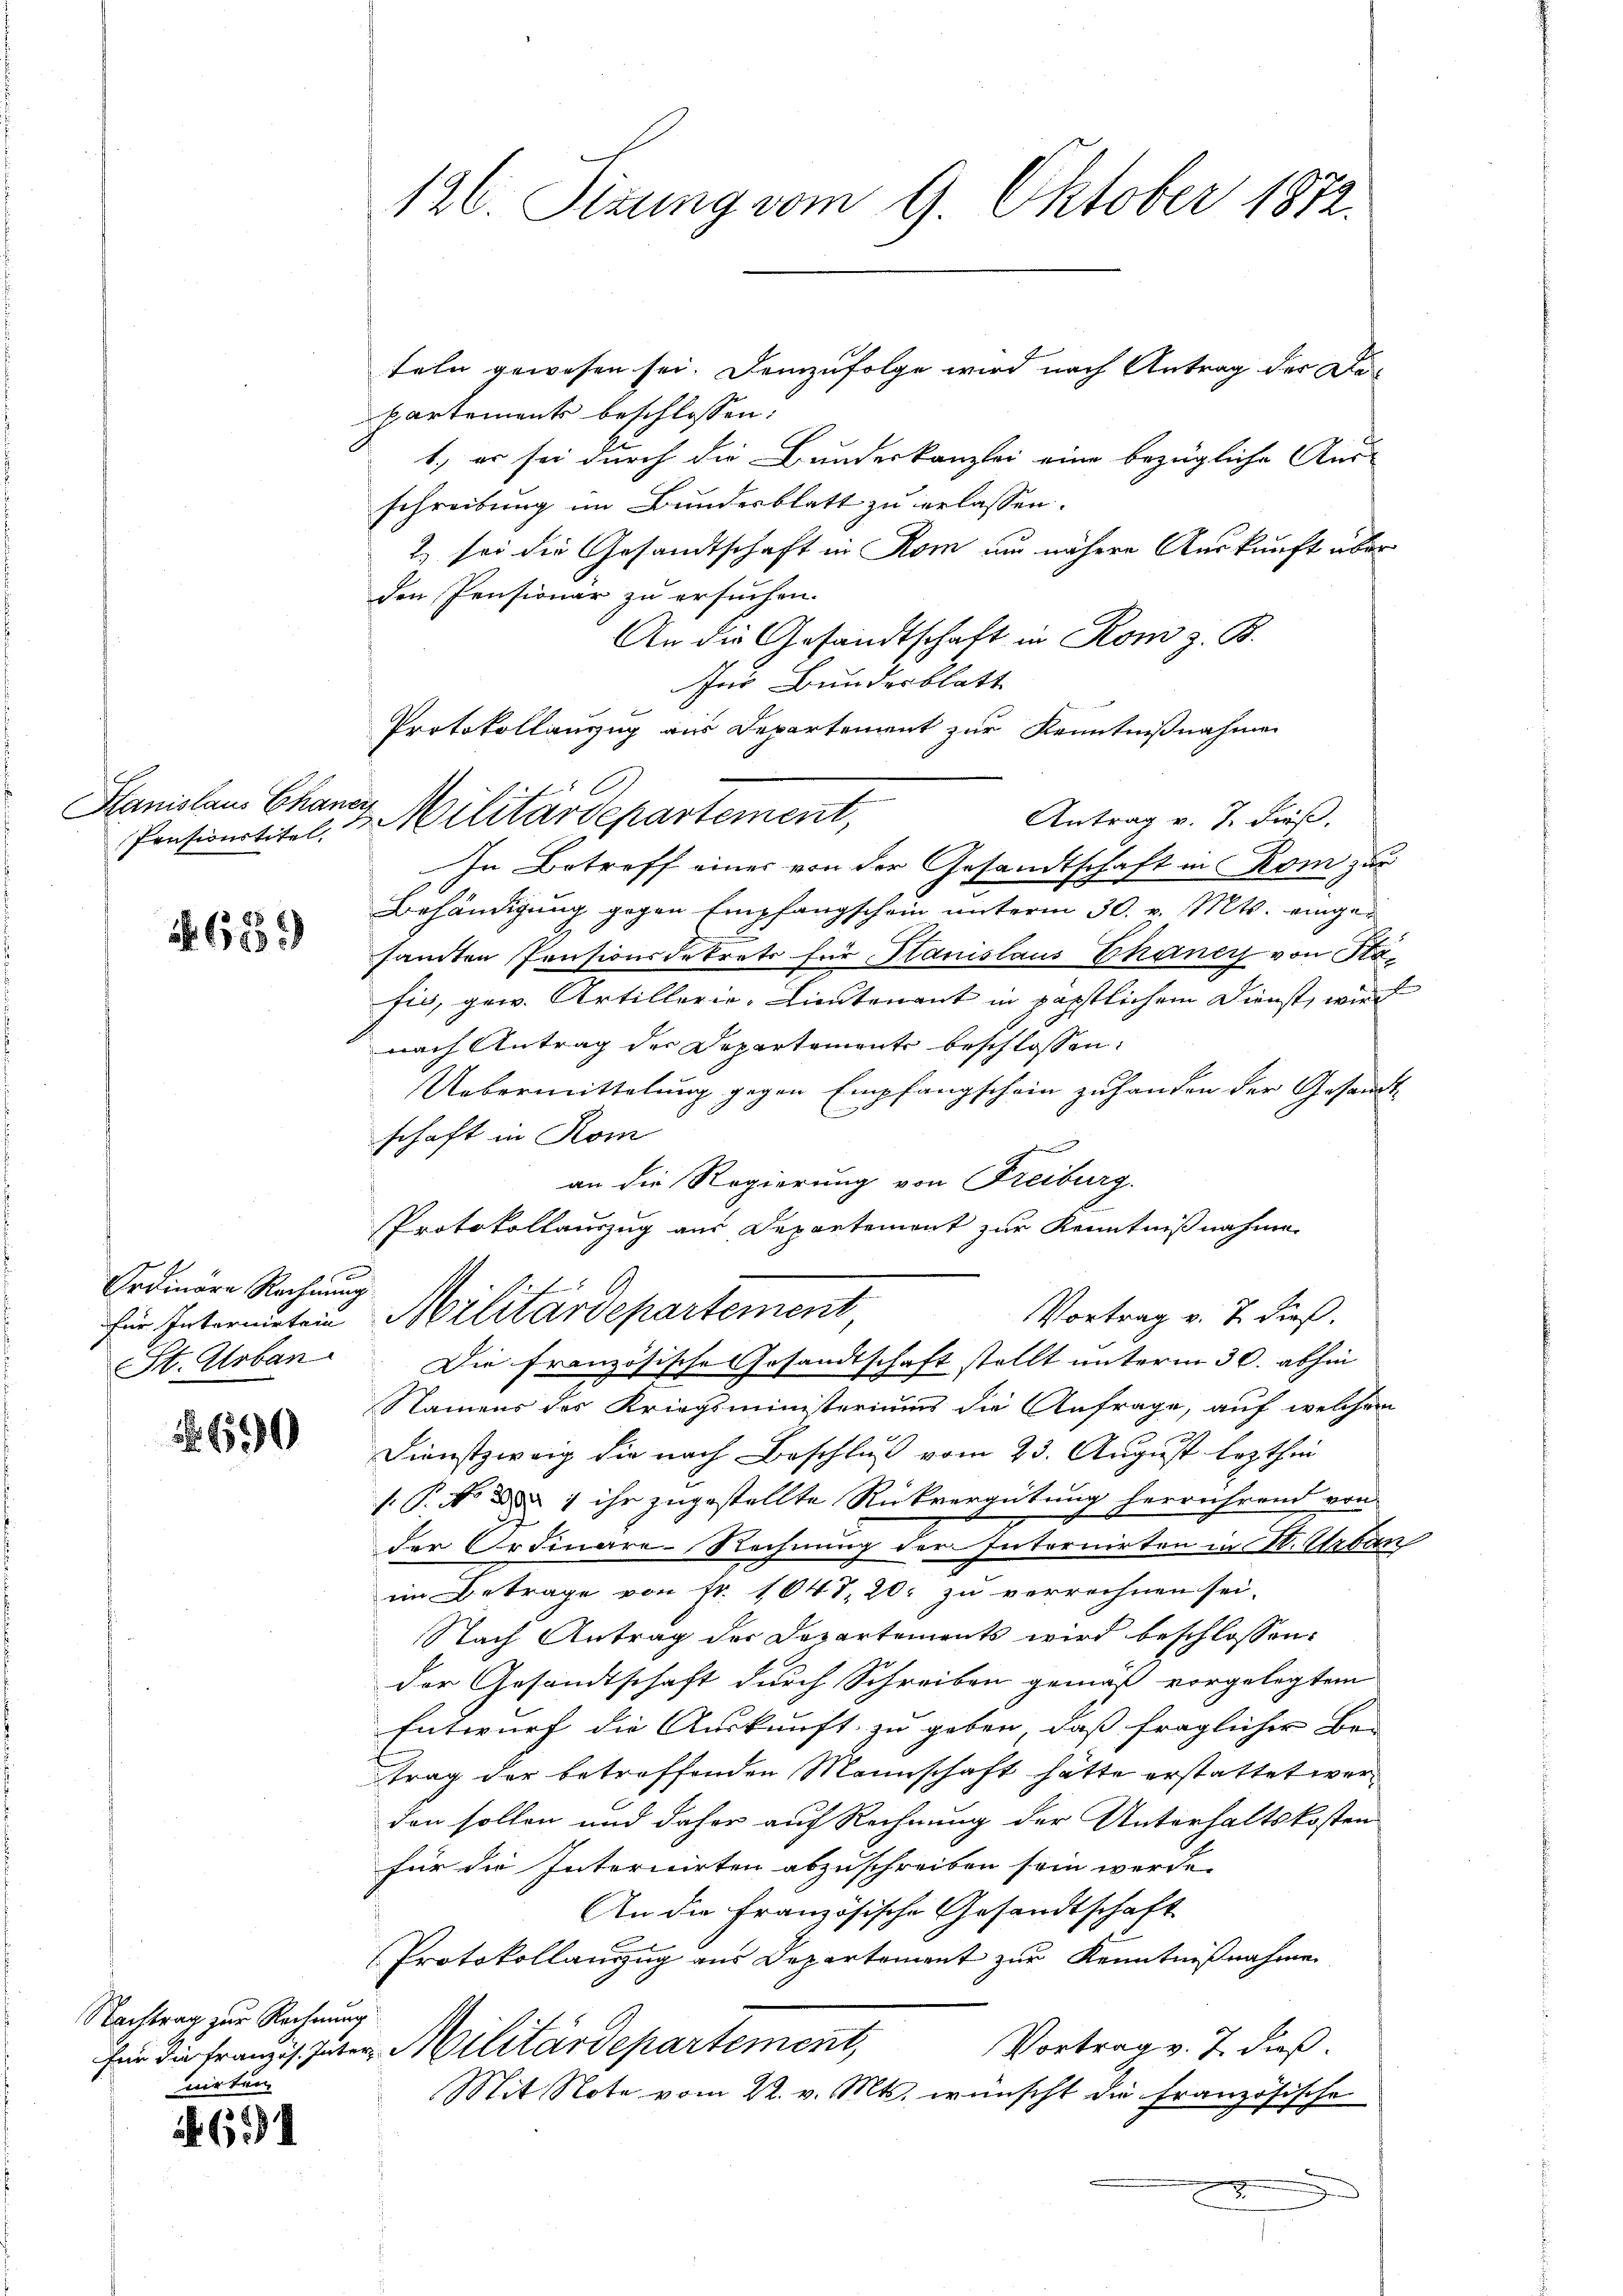
Hanislaus Chaner
Pensionstitel

1. 655.

Ordinare Rechnung

690

Nachtrag zur Rechnung
nirten

634

teln gewesen sei. Demzufolge wird nach Antrag der Departements beschlossen:
1, er sei durch die Bundeskanzlei eine bezügliche Aus-
schreibung im Bundesblatt zu erlassen.
2) sei die Gesandtschaft in Rom und nähere Auskunft über
den Pensionär zu ersuchen.
An die Gesandtschaft in Rom z. B.
für Bundesblatt
Protokollanzug aus Departement zur Kenntnißnahmen
 Militärdepartement,
Antrag v. 7. dieß,
In Betreff eines von der Gesandtschaft in Rom zur
Behändigung gegen Empfangschein unterm 30. v. Mts. eingesamten Pensionsdekrets für Stanislaus Chancy von Stafis, gew. Artillerie-Lieutenant in päpstlichem Dienst, wird
nach Antrag der Departemente beschlossen:
Uebermittelung gegen Empfangschein zuhanden der Gesandt
schaft in Kom
an die Regierung von Freiburg.
Protokollauszug aus Departement zur Kenntnißnahmen
Vortrag v. 7. dieß.
für Intermitein Militärdepartement,
St. Globen. Die französische Gesandtschaft stellt unterm 30. abhin
Namens des Kriegsministeriums die Anfrage, auf welchem
Dienstzweig die nach Beschluß vom 23. August lezthin
/. P. No. d. d. 1 ihr zugestellte Rückvergütung herrührend von
c
der Ordinare-Rechnung der Internirten in St. Urban
im Betrage von Fr. 1047, 20. zu vorrechnen sei,
Nach Antrag der Departements wird beschlossen:
der Gesandtschaft durch Schreiben gemäß vorgelegtem |
Entwurf die Auskunft zu geben, dass fraglicher Be-
trag der betreffenden Mannschaft hätte erstattet werden sollen und daher auf Rechnung der Unterhaltskosten
für die Internirten abzuschreiben sein werde.
An die Französische Gesandtschaft
Protokollanzzug aus Departement zur Kenntnißnahme
Vortrag v. J. dieß.
für die Franz guten Militärdepartement,
Mit Note vom 22. v. Mts. wünscht die Französische

126. Sizung vom 9. Oktober 1872.